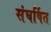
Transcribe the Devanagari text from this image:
संघर्षित